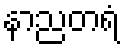
နာညတရံ